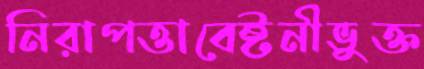
নিরাপত্তাবেষ্টনীভুক্ত